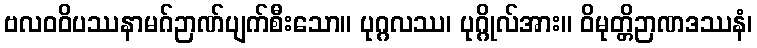
ဗလဝဝိပဿနာမဂ်ဉာဏ်ပျက်စီးသော။ ပုဂ္ဂလဿ၊ ပုဂ္ဂိုလ်အား။ ဝိမုတ္တိဉာဏဒဿနံ၊